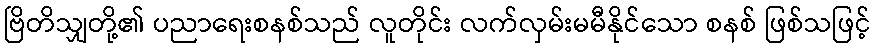
ဗြိတိသျှတို့၏ ပညာရေးစနစ်သည် လူတိုင်း လက်လှမ်းမမီနိုင်သော စနစ် ဖြစ်သဖြင့်